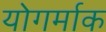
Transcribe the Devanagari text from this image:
योगर्माक